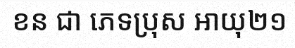
ខន ជា ភេទប្រុស អាយុ២១